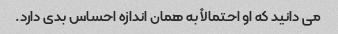
می دانید که او احتمالاً به همان اندازه احساس بدی دارد.